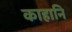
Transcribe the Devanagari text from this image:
काहानि